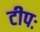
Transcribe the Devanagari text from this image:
टीपः